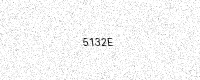
Text: 5132E